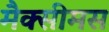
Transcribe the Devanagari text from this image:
मैक्सीमस